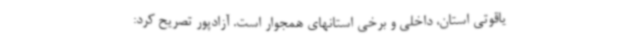
یاقوتی استان، داخلی و برخی استانهای همجوار است. آزادپور تصریح کرد: